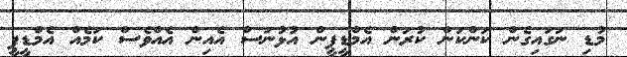
މުޑި ނަގައިގެން ކަންކަން ކުރަން އެމްޑީޕީން އުޅުނަސް އެއިން އެއްވެސް ކަމެއް އެމްޑީޕީ